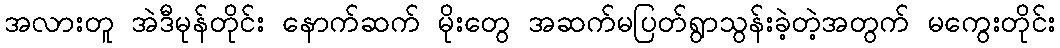
အလားတူ အဲဒီမုန်တိုင်း နောက်ဆက် မိုးတွေ အဆက်မပြတ်ရွာသွန်းခဲ့တဲ့အတွက် မကွေးတိုင်း